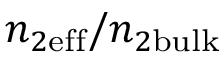
n _ { 2 \mathrm { e f f } } / n _ { 2 \mathrm { b u l k } }